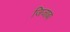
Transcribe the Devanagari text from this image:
जिजाबा